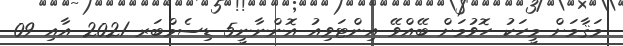
މަޤާމަށް މީހަކު ހޮވުމަށް ބޭއްވޭ އިންޓަވިއު އޮންނާނީ5 ޑިސެމްބަރ 2021 އާއި 09